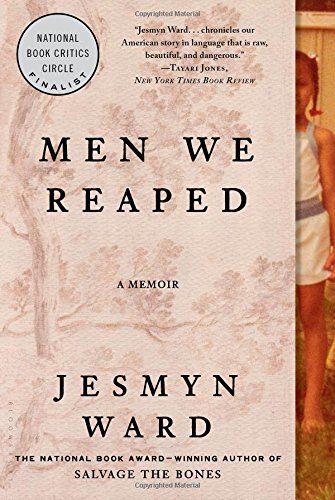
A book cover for Men We Reaped: A Memoir; Jesmyn Ward; Biographies & Memoirs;